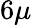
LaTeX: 6{\mu}